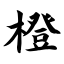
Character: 橙